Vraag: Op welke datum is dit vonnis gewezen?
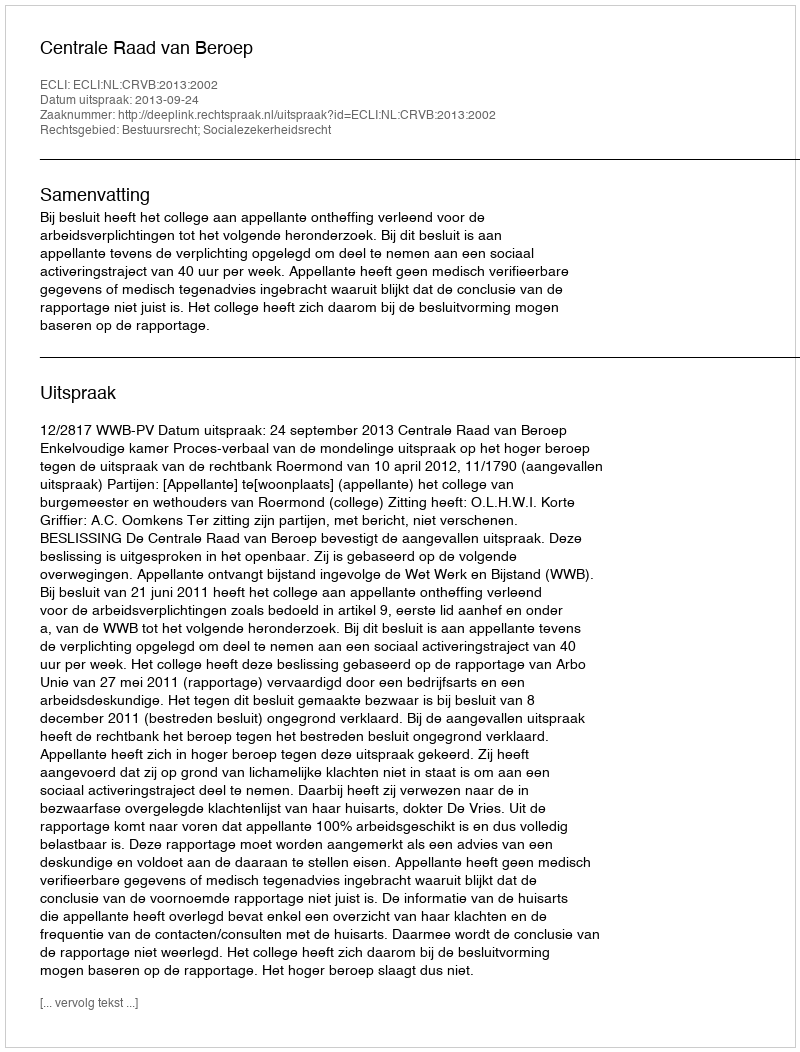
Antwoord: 2013-09-24